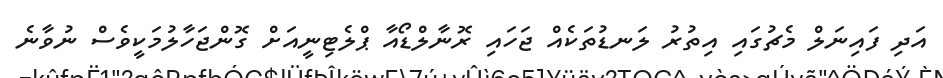
އަދި ފައިނަލް މެޗުގައި އިތުރު ލަނޑުތަކެއް ޖަހައި ރޮނާލްޑޯއާ ޕްލެޓިނީއަށް ގޮންޖަހާލުމަކީވެސް ނުވާނެ